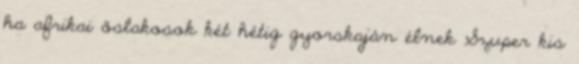
ha afrikai őslakosok két hétig gyorskaján élnek Szuper kis